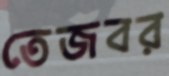
তেজবর